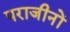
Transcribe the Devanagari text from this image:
पराजीनों